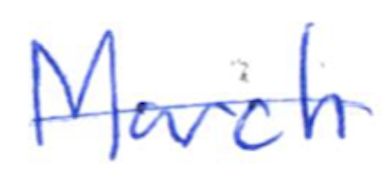
Text: March
Cross-out: single-line
Writing tool: ballpoint